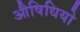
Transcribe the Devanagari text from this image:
औषिधियो